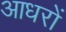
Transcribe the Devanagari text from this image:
आधरों